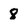
Character: 8